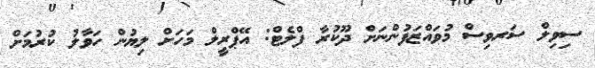
ސިވިލް ސަރވިސް މުވައްޒަފުންނަށް ދޫކުރާ ފްލެޓް: އޭޕްރީލް މަހަށް ލިޔުން ހަވާލު ކުރުމަށް